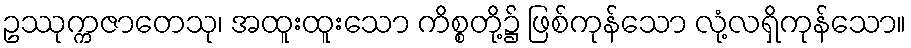
ဥဿုက္ကဇာတေသု၊ အထူးထူးသော ကိစ္စတို့၌ ဖြစ်ကုန်သော လုံ့လရှိကုန်သော။